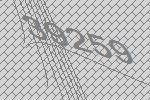
39259